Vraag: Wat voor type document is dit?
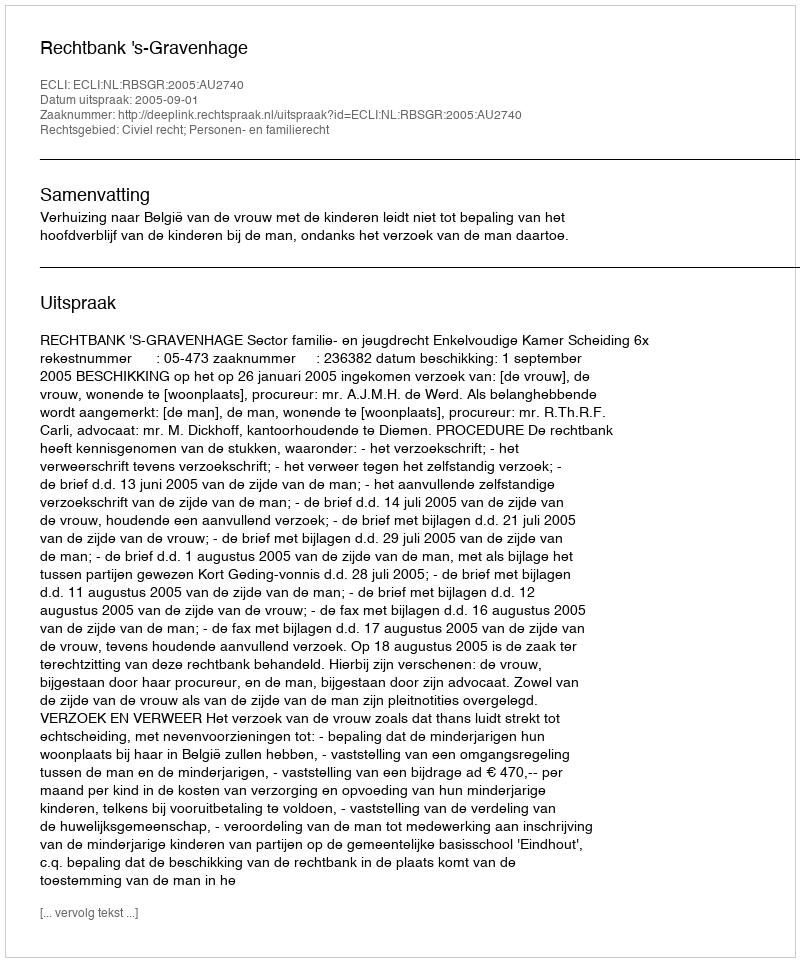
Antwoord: Uitspraak